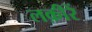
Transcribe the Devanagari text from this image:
लक़ीरें